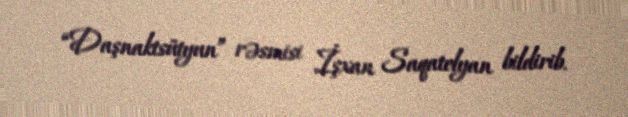
“Daşnaktsütyun” rəsmisi İşxan Saqatelyan bildirib.